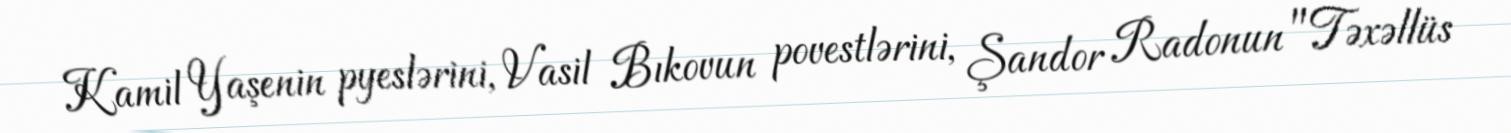
Kamil Yaşenin pyeslərini, Vasil Bıkovun povestlərini, Şandor Radonun "Təxəllüs